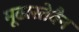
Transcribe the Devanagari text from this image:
मूढास्तेवैन